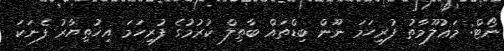
ނޯޓް: މަޢުލޫމާތު ފުރިހަމަ ނޫން ބިޑްތައް ބާޠިލް ކުރުމުގެ ފުރިހަމަ އިޚުތިޔާރު ފެނަކަ